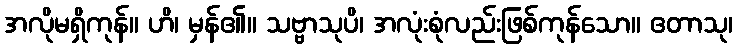
အလိုမရှိကုန်။ ဟိ၊ မှန်၏။ သဗ္ဗာသုပိ၊ အလုံးစုံလည်းဖြစ်ကုန်သော။ ဧတာသု၊